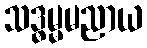
သဒ္ဓမ္မမညာယ